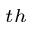
^ { t h }